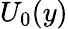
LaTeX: U_{0}(y)